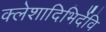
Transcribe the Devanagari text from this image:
क्लेशादिभिर्देवि